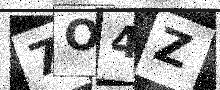
Text: 7O4Z